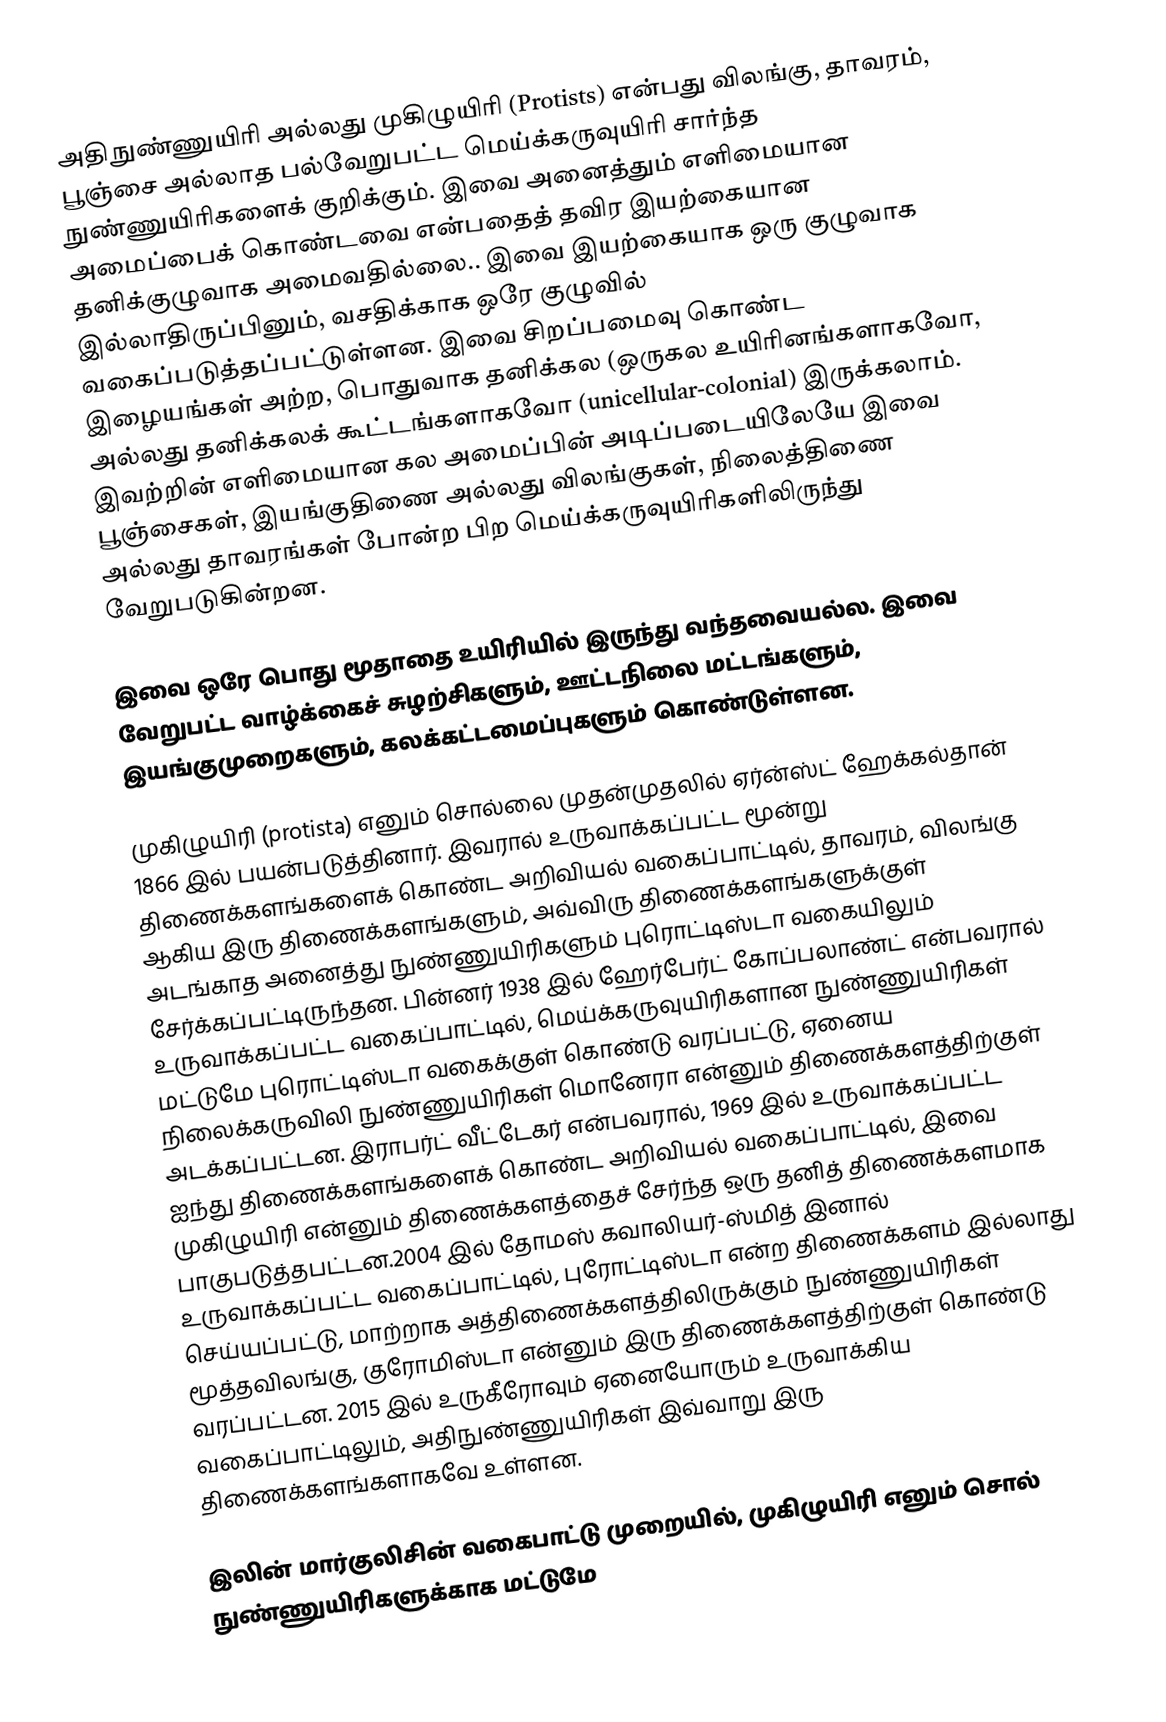
அதிநுண்ணுயிரி அல்லது முகிழுயிரி (Protists) என்பது விலங்கு, தாவரம், பூஞ்சை அல்லாத பல்வேறுபட்ட மெய்க்கருவுயிரி சார்ந்த நுண்ணுயிரிகளைக் குறிக்கும்.  இவை அனைத்தும் எளிமையான அமைப்பைக் கொண்டவை என்பதைத் தவிர இயற்கையான தனிக்குழுவாக அமைவதில்லை.. இவை இயற்கையாக ஒரு குழுவாக இல்லாதிருப்பினும், வசதிக்காக ஒரே குழுவில் வகைப்படுத்தப்பட்டுள்ளன. இவை சிறப்பமைவு கொண்ட இழையங்கள் அற்ற, பொதுவாக தனிக்கல (ஒருகல உயிரினங்களாகவோ, அல்லது தனிக்கலக் கூட்டங்களாகவோ (unicellular-colonial) இருக்கலாம். இவற்றின் எளிமையான கல அமைப்பின் அடிப்படையிலேயே இவை பூஞ்சைகள், இயங்குதிணை அல்லது விலங்குகள், நிலைத்திணை அல்லது தாவரங்கள் போன்ற பிற மெய்க்கருவுயிரிகளிலிருந்து வேறுபடுகின்றன.

இவை ஒரே பொது மூதாதை உயிரியில் இருந்து வந்தவையல்ல. இவை வேறுபட்ட வாழ்க்கைச் சுழற்சிகளும், ஊட்டநிலை மட்டங்களும், இயங்குமுறைகளும், கலக்கட்டமைப்புகளும் கொண்டுள்ளன.

முகிழுயிரி (protista) எனும் சொல்லை முதன்முதலில் ஏர்ன்ஸ்ட் ஹேக்கல்தான் 1866 இல் பயன்படுத்தினார். இவரால் உருவாக்கப்பட்ட மூன்று திணைக்களங்களைக் கொண்ட அறிவியல் வகைப்பாட்டில், தாவரம், விலங்கு ஆகிய இரு திணைக்களங்களும், அவ்விரு திணைக்களங்களுக்குள் அடங்காத அனைத்து நுண்ணுயிரிகளும் புரொட்டிஸ்டா வகையிலும் சேர்க்கப்பட்டிருந்தன. பின்னர் 1938 இல் ஹேர்பேர்ட் கோப்பலாண்ட் என்பவரால் உருவாக்கப்பட்ட வகைப்பாட்டில், மெய்க்கருவுயிரிகளான நுண்ணுயிரிகள் மட்டுமே புரொட்டிஸ்டா வகைக்குள் கொண்டு வரப்பட்டு, ஏனைய நிலைக்கருவிலி நுண்ணுயிரிகள் மொனேரா என்னும் திணைக்களத்திற்குள் அடக்கப்பட்டன. இராபர்ட் வீட்டேகர் என்பவரால், 1969 இல் உருவாக்கப்பட்ட ஐந்து திணைக்களங்களைக் கொண்ட அறிவியல் வகைப்பாட்டில், இவை முகிழுயிரி என்னும் திணைக்களத்தைச் சேர்ந்த ஒரு தனித் திணைக்களமாக பாகுபடுத்தபட்டன.2004 இல் தோமஸ் கவாலியர்-ஸ்மித் இனால் உருவாக்கப்பட்ட வகைப்பாட்டில், புரோட்டிஸ்டா என்ற திணைக்களம் இல்லாது செய்யப்பட்டு, மாற்றாக அத்திணைக்களத்திலிருக்கும் நுண்ணுயிரிகள் மூத்தவிலங்கு, குரோமிஸ்டா என்னும் இரு திணைக்களத்திற்குள் கொண்டு வரப்பட்டன. 2015 இல் உருகீரோவும் ஏனையோரும் உருவாக்கிய வகைப்பாட்டிலும், அதிநுண்ணுயிரிகள் இவ்வாறு இரு திணைக்களங்களாகவே உள்ளன.

இலின் மார்குலிசின் வகைபாட்டு முறையில்,  முகிழுயிரி  எனும் சொல் நுண்ணுயிரிகளுக்காக மட்டுமே